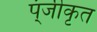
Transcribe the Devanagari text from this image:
प्ंजीकृत